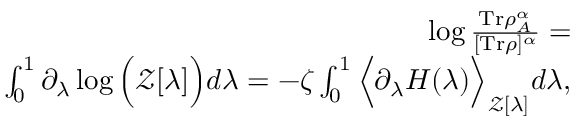
\begin{array} { r } { \log \frac { \mathrm { T r } \rho _ { A } ^ { \alpha } } { [ \mathrm { T r } \rho ] ^ { \alpha } } = } \\ { \int \displaylimits _ { 0 } ^ { 1 } \partial _ { \lambda } \log \Big ( \mathcal { Z } [ \lambda ] \Big ) d \lambda = - \zeta \int \displaylimits _ { 0 } ^ { 1 } \Big \langle \partial _ { \lambda } H ( \lambda ) \Big \rangle _ { \mathcal { Z } [ \lambda ] } d \lambda , } \end{array}